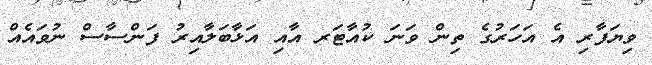
ވިޔަފާރި އެ އަހަރުގެ ތިން ވަނަ ކުއާޓަރ އާއި އަޅާބަލާއިރު ފަންސާސް ނުވައެއް